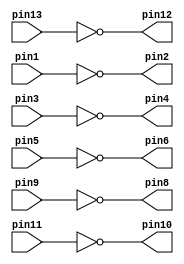
// NOT
module v7404 (pin1, pin3, pin5, pin9, pin11, pin13, pin2, pin4, pin6, pin8, pin10, pin12);
    input pin1, pin3, pin5, pin9, pin11, pin13;
    output pin2, pin4, pin6, pin8, pin10, pin12;
    assign pin2 = ~pin1;
    assign pin4 = ~pin3;
    assign pin6 = ~pin5;
    assign pin8 = ~pin9;
    assign pin10 = ~pin11;
    assign pin12 = ~pin13;
endmodule

// AND
module v7408 (pin1, pin3, pin5, pin9, pin11, pin13, pin2, pin4, pin6, pin8, pin10, pin12);
    input pin1, pin2, pin4, pin5, pin9, pin10, pin12, pin13;
    output pin3, pin6, pin8, pin11;
    assign pin3 = pin1 & pin2;
    assign pin6 = pin4 & pin5;
    assign pin8 = pin9 & pin10;
    assign pin11 = pin12 & pin13;
endmodule

// OR
module v7432 (pin1, pin3, pin5, pin9, pin11, pin13, pin2, pin4, pin6, pin8, pin10, pin12);
    input pin1, pin2, pin4, pin5, pin9, pin10, pin12, pin13;
    output pin3, pin6, pin8, pin11;
    assign pin3 = pin1 | pin2;
    assign pin6 = pin4 | pin5;
    assign pin8 = pin9 | pin10;
    assign pin11 = pin12 | pin13;
endmodule

// m= ~s & x | s & y
module mux2to1 (x, y, s, m);
    input x, y, s;
    output m;
    wire a, b, c;
    // a = ~s
    v7404 u1 (.pin1(s), .pin2(a));
    // b = s & y; c = x & a (aka ~s)
    v7408 u2 (.pin1(s), .pin2(y), .pin3(b), .pin4(x), .pin5(a), .pin6(c));
    // m = b (aka s & y) | c (aka x & ~s)
    v7432 u3 (.pin1(b), .pin2(c), .pin3(m));
endmodule